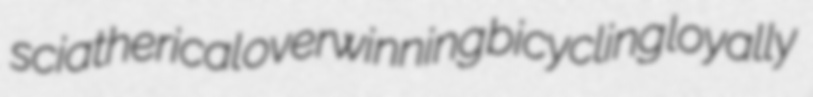
sciatherical overwinning bicycling loyally